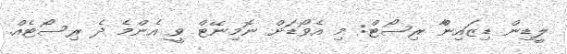
ލީޑިން ޑިޒައިންާ ރިސޯޓް: މި އެވޯޑަށް ނޮމިނޭޓް ވީ އެންމެ ދެ ރިސޯޓެއް.